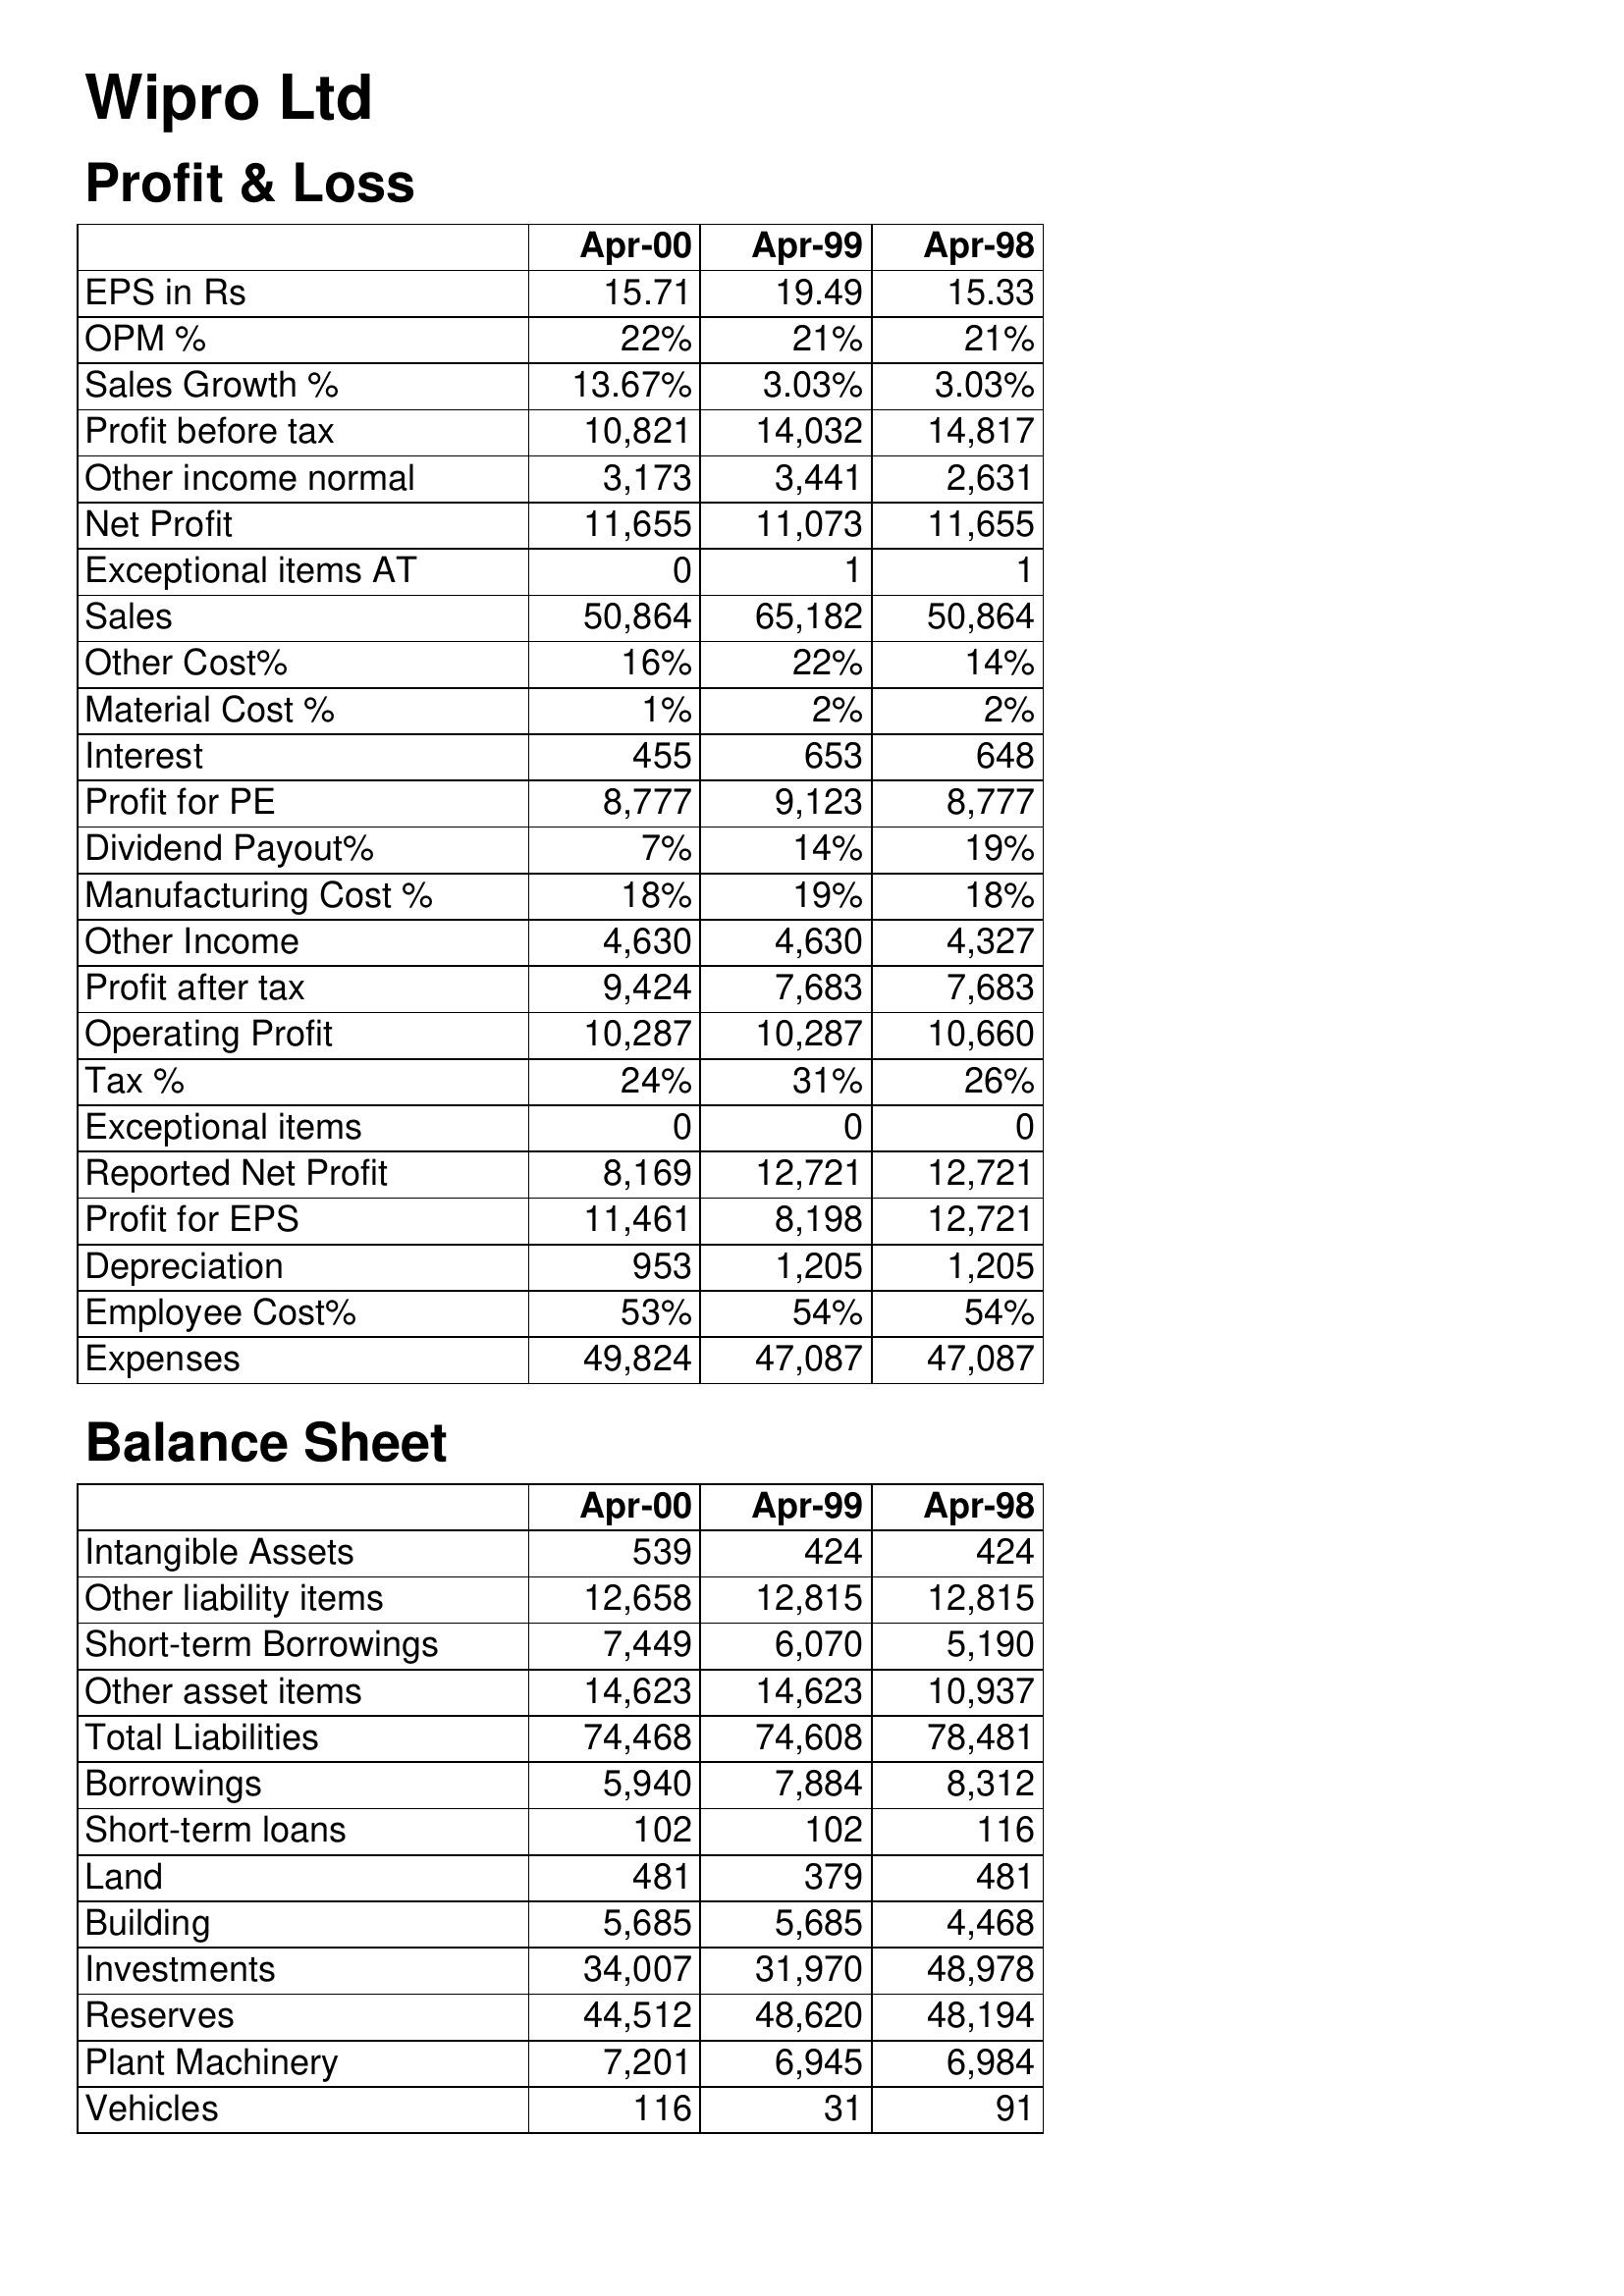
Apr-00: Profit & Loss: EPS in Rs: 15.71
OPM %: 22%
Sales Growth %: 13.67%
Profit before tax: 10,821
Other income normal: 3,173
Net Profit: 11,655
Exceptional items AT: 0
Sales: 50,864
Other Cost%: 16%
Material Cost %: 1%
Interest: 455
Profit for PE: 8,777
Dividend Payout%: 7%
Manufacturing Cost %: 18%
Other Income: 4,630
Profit after tax: 9,424
Operating Profit: 10,287
Tax %: 24%
Exceptional items: 0
Reported Net Profit: 8,169
Profit for EPS: 11,461
Depreciation: 953
Employee Cost%: 53%
Expenses: 49,824
Balance Sheet: Intangible Assets: 539
Other liability items: 12,658
Short-term Borrowings: 7,449
Other asset items: 14,623
Total Liabilities: 74,468
Borrowings: 5,940
Short-term loans: 102
Land: 481
Building: 5,685
Investments: 34,007
Reserves: 44,512
Plant Machinery: 7,201
Vehicles: 116
Apr-99: Profit & Loss: EPS in Rs: 19.49
OPM %: 21%
Sales Growth %: 3.03%
Profit before tax: 14,032
Other income normal: 3,441
Net Profit: 11,073
Exceptional items AT: 1
Sales: 65,182
Other Cost%: 22%
Material Cost %: 2%
Interest: 653
Profit for PE: 9,123
Dividend Payout%: 14%
Manufacturing Cost %: 19%
Other Income: 4,630
Profit after tax: 7,683
Operating Profit: 10,287
Tax %: 31%
Exceptional items: 0
Reported Net Profit: 12,721
Profit for EPS: 8,198
Depreciation: 1,205
Employee Cost%: 54%
Expenses: 47,087
Balance Sheet: Intangible Assets: 424
Other liability items: 12,815
Short-term Borrowings: 6,070
Other asset items: 14,623
Total Liabilities: 74,608
Borrowings: 7,884
Short-term loans: 102
Land: 379
Building: 5,685
Investments: 31,970
Reserves: 48,620
Plant Machinery: 6,945
Vehicles: 31
Apr-98: Profit & Loss: EPS in Rs: 15.33
OPM %: 21%
Sales Growth %: 3.03%
Profit before tax: 14,817
Other income normal: 2,631
Net Profit: 11,655
Exceptional items AT: 1
Sales: 50,864
Other Cost%: 14%
Material Cost %: 2%
Interest: 648
Profit for PE: 8,777
Dividend Payout%: 19%
Manufacturing Cost %: 18%
Other Income: 4,327
Profit after tax: 7,683
Operating Profit: 10,660
Tax %: 26%
Exceptional items: 0
Reported Net Profit: 12,721
Profit for EPS: 12,721
Depreciation: 1,205
Employee Cost%: 54%
Expenses: 47,087
Balance Sheet: Intangible Assets: 424
Other liability items: 12,815
Short-term Borrowings: 5,190
Other asset items: 10,937
Total Liabilities: 78,481
Borrowings: 8,312
Short-term loans: 116
Land: 481
Building: 4,468
Investments: 48,978
Reserves: 48,194
Plant Machinery: 6,984
Vehicles: 91